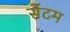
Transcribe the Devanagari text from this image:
सेंटम